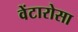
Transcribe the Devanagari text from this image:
वेंटारोसा